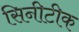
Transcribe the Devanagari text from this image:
सिनीटीक